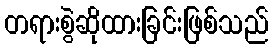
တရားစွဲဆိုထားခြင်းဖြစ်သည်